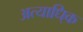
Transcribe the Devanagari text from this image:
अत्याधि्क